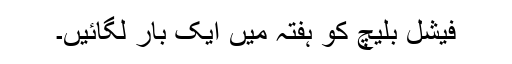
فیشل بلیچ کو ہفتہ میں ایک بار لگائیں۔